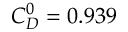
C _ { D } ^ { 0 } = 0 . 9 3 9